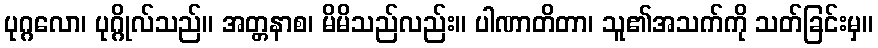
ပုဂ္ဂလော၊ ပုဂ္ဂိုလ်သည်။ အတ္တနာစ၊ မိမိသည်လည်း။ ပါဏာတိတာ၊ သူ၏အသက်ကို သတ်ခြင်းမှ။